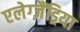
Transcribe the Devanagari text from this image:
एलेग्ज़ैंड्रिया